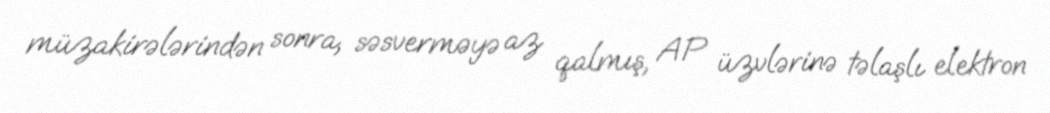
müzakirələrindən sonra, səsverməyə az qalmış, AP üzvlərinə təlaşlı elektron